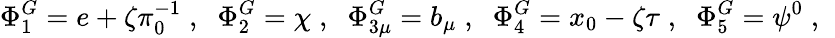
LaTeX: \Phi_{1}^{G}=e+\zeta\pi_{0}^{-1}\; ,\; \; \Phi_{2}^{G}=\chi\; ,\; \; \Phi_{3\mu}^{G}=b_{\mu}\; ,\; \; \Phi_{4}^{G}=x_{0}-\zeta\tau\; ,\; \; \Phi_{5}^{G}=\psi^{0}\; ,\; \;